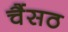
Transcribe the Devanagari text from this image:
चैंसठ